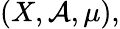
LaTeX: (X,{\mathcal{A}},\mu),